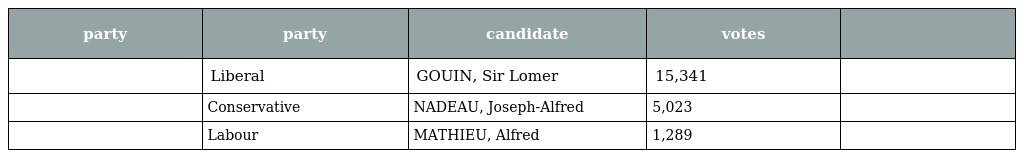
| party | party | candidate | votes |  |
 | --- | --- | --- | --- | --- |
 |  | Liberal | GOUIN, Sir Lomer | 15,341 |  |
 |  | Conservative | NADEAU, Joseph-Alfred | 5,023 |  |
 |  | Labour | MATHIEU, Alfred | 1,289 |  |